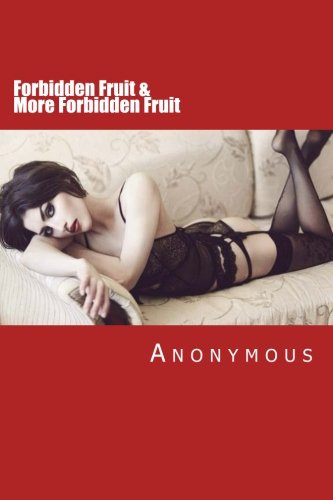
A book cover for Forbidden Fruit & More Forbidden Fruit: Two classic Victorian erotic novels; Anonymous; Romance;